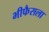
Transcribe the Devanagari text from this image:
भीफैसला